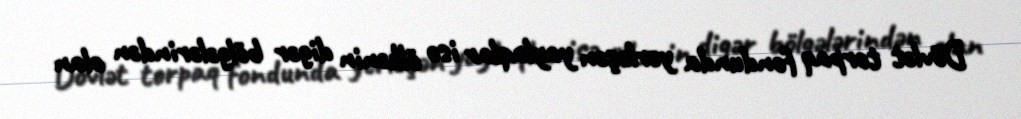
Dövlət torpaq fondunda yerləşən yaylaqlar isə ölkənin digər bölgələrindən olan